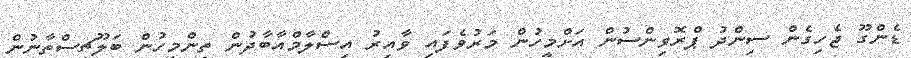
ޑެންގޫ ޖެހިގެން ސިންދު ޕްރޮވިންސުން އަށްމީހުން މަރުވެފައި ވާއިރު އިސްލާމްއާބާދުން ތިންމީހުން ބަލޫޗިސްތާނުން